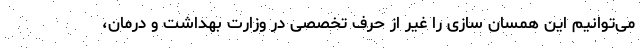
می‌توانیم این همسان سازی را غیر از حرف تخصصی در وزارت بهداشت و درمان،